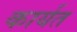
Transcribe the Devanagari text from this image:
कार्यत